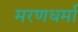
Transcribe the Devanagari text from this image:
मरणधर्मा